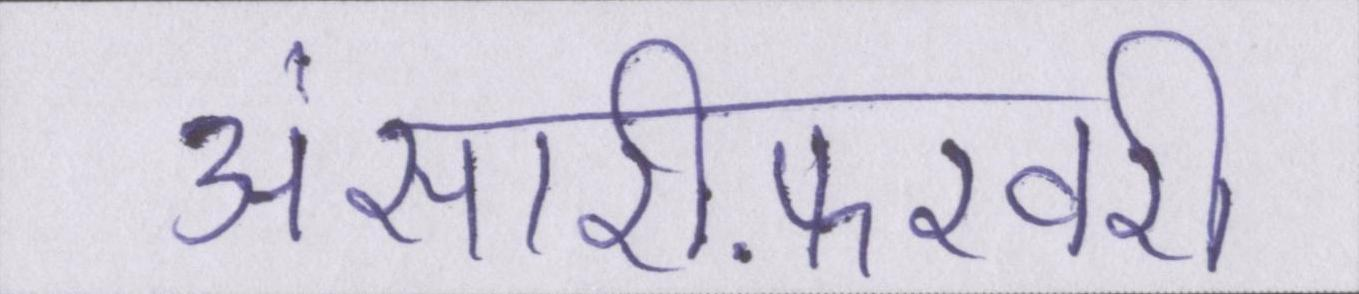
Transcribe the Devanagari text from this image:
अंसारीफ़रवरी